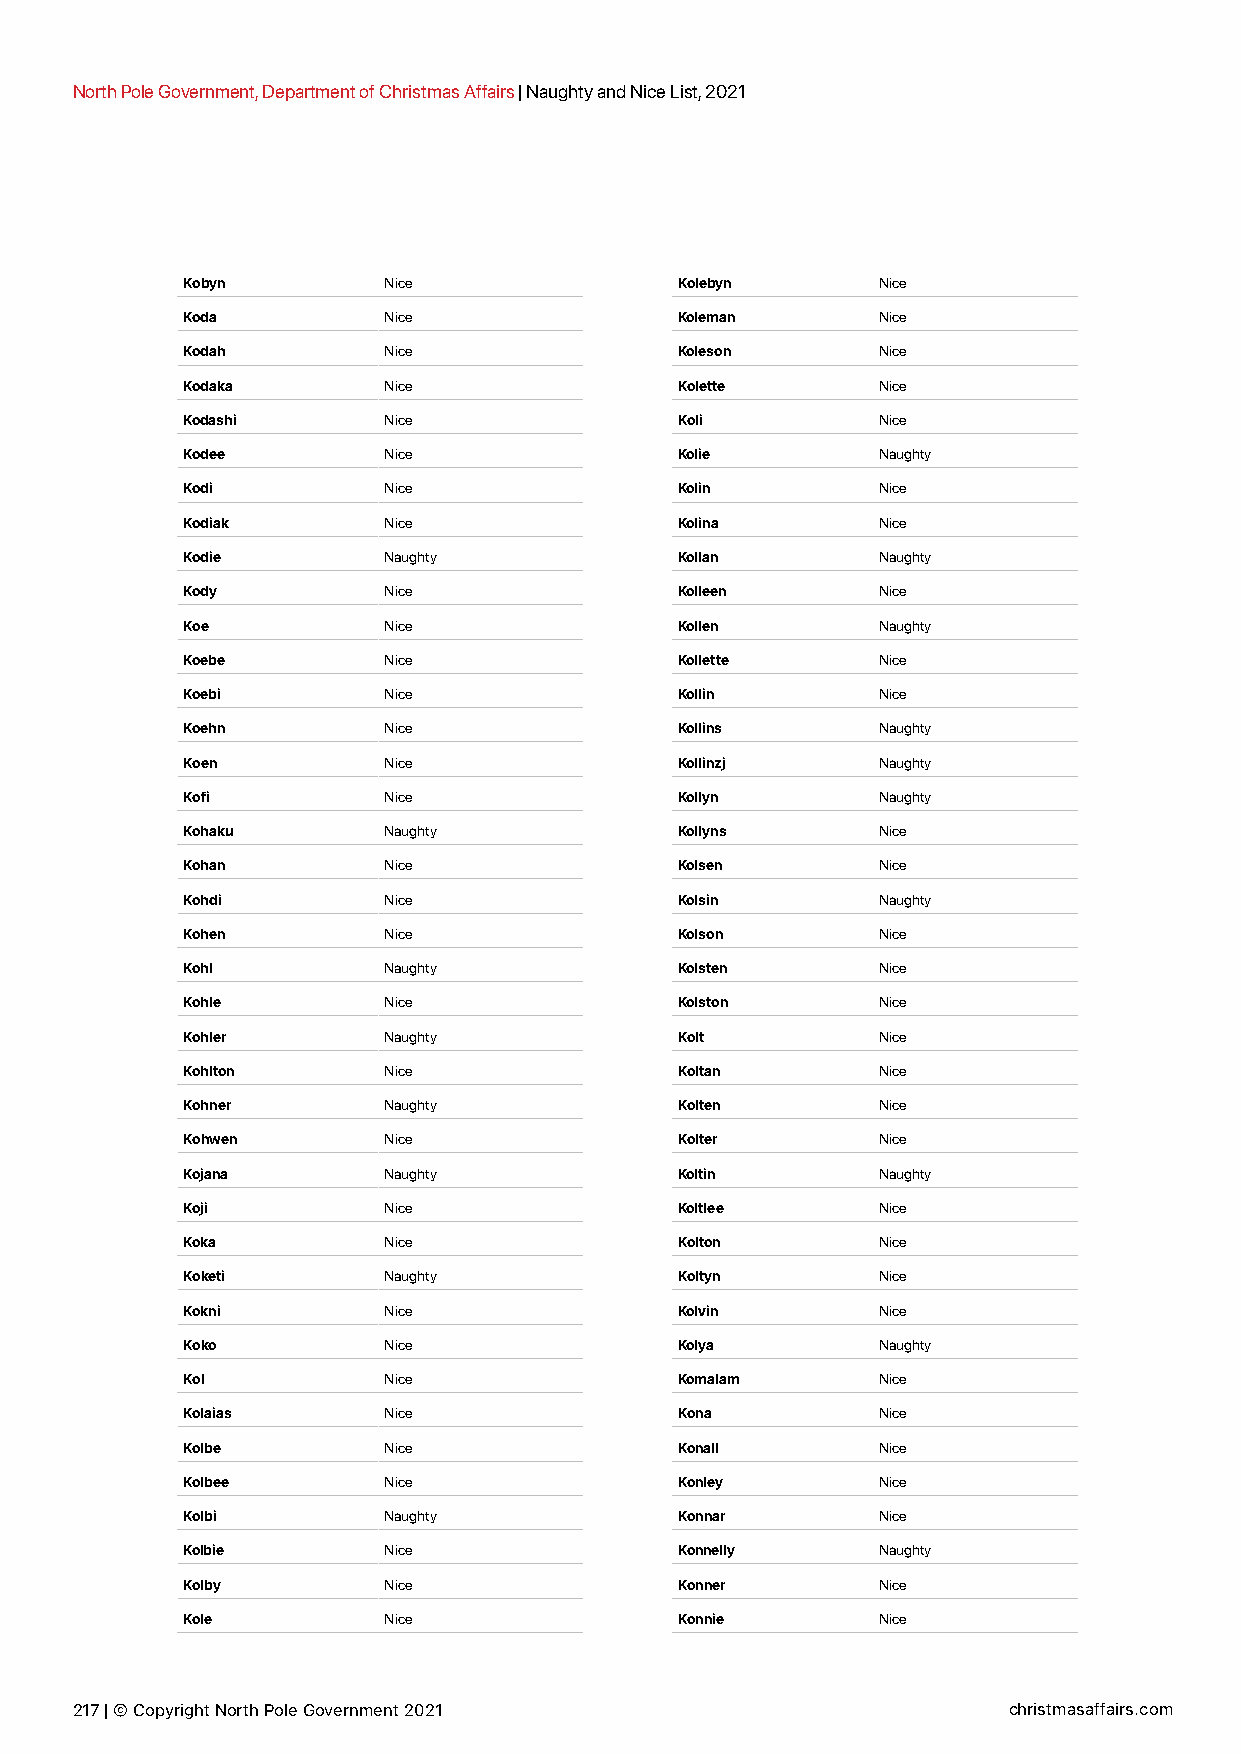
North Pole Government, Department of Christmas Affairs | Naughty and Nice List, 2021
 Kobyn        Nice                Kolebyn      Nice
 Koda         Nice                Koleman      Nice
 Kodah        Nice                Koleson      Nice
 Kodaka       Nice                Kolette      Nice
 Kodashi      Nice                Koli         Nice
 Kodee        Nice                Kolie        Naughty
 Kodi         Nice                Kolin        Nice
 Kodiak       Nice                Kolina       Nice
 Kodie        Naughty             Kollan       Naughty
 Kody         Nice                Kolleen      Nice
 Koe          Nice                Kollen       Naughty
 Koebe        Nice                Kollette     Nice
 Koebi        Nice                Kollin       Nice
 Koehn        Nice                Kollins      Naughty
 Koen         Nice                Kollinzj     Naughty
 Kofi         Nice                Kollyn       Naughty
 Kohaku       Naughty             Kollyns      Nice
 Kohan        Nice                Kolsen       Nice
 Kohdi        Nice                Kolsin       Naughty
 Kohen        Nice                Kolson       Nice
 Kohl         Naughty             Kolsten      Nice
 Kohle        Nice                Kolston      Nice
 Kohler       Naughty             Kolt         Nice
 Kohlton      Nice                Koltan       Nice
 Kohner       Naughty             Kolten       Nice
 Kohwen       Nice                Kolter       Nice
 Kojana       Naughty             Koltin       Naughty
 Koji         Nice                Koltlee      Nice
 Koka         Nice                Kolton       Nice
 Koketi       Naughty             Koltyn       Nice
 Kokni        Nice                Kolvin       Nice
 Koko         Nice                Kolya        Naughty
 Kol          Nice                Komalam      Nice
 Kolaias      Nice                Kona         Nice
 Kolbe        Nice                Konall       Nice
 Kolbee       Nice                Konley       Nice
 Kolbi        Naughty             Konnar       Nice
 Kolbie       Nice                Konnelly     Naughty
 Kolby        Nice                Konner       Nice
 Kole         Nice                Konnie       Nice
 217 | © Copyright North Pole Government 2021                  christmasaffairs.com